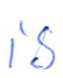
Text: is
Cross-out: clean
Writing tool: ballpoint